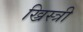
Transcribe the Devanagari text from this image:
ख्रिस्त्री